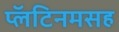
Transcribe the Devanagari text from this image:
प्लॅटिनमसह